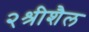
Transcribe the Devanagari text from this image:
२श्रीशैल